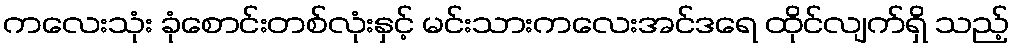
ကလေးသုံး ခုံစောင်းတစ်လုံးနှင့် မင်းသားကလေးအင်ဒရေ ထိုင်လျက်ရှိ သည့်